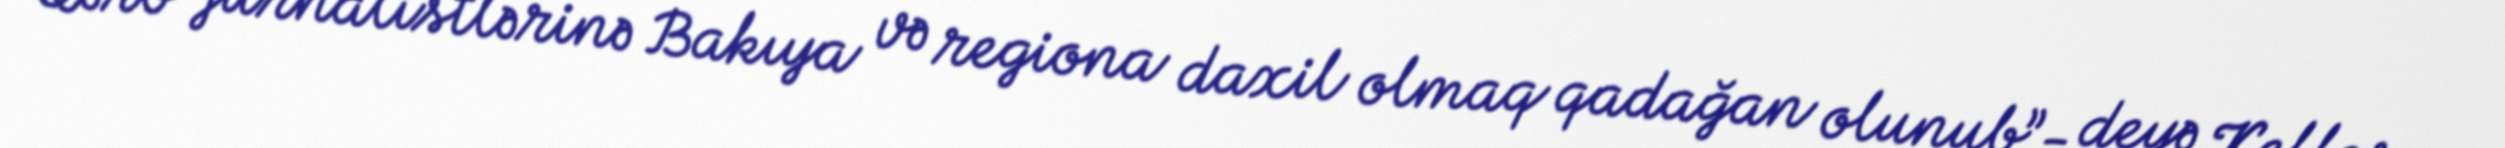
Qərb jurnalistlərinə Bakıya və regiona daxil olmaq qadağan olunub”- deyə Keller